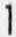
1